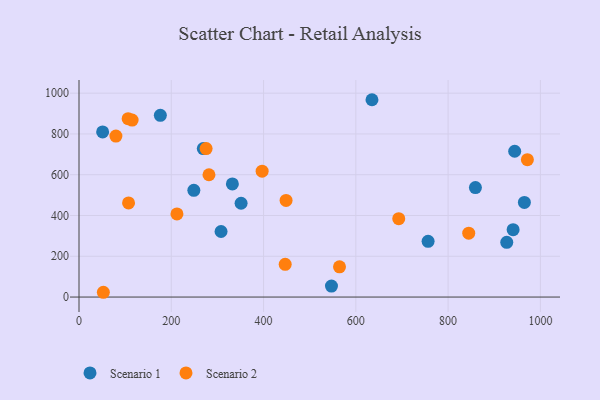
{"axis": {"x": "Ad Spend", "y": "Fuel Efficiency"}, "legend": ["Scenario 1", "Scenario 2"], "data": [{"x": "756.6", "y": 273.5, "type": "Scenario 1"}, {"x": "332.4", "y": 554.9, "type": "Scenario 1"}, {"x": "965.3", "y": 464.0, "type": "Scenario 1"}, {"x": "248.9", "y": 523.6, "type": "Scenario 1"}, {"x": "859.2", "y": 537.0, "type": "Scenario 1"}, {"x": "269.4", "y": 728.1, "type": "Scenario 1"}, {"x": "940.9", "y": 330.6, "type": "Scenario 1"}, {"x": "547.2", "y": 53.6, "type": "Scenario 1"}, {"x": "351.3", "y": 460.0, "type": "Scenario 1"}, {"x": "51.2", "y": 809.9, "type": "Scenario 1"}, {"x": "944.3", "y": 715.0, "type": "Scenario 1"}, {"x": "927.1", "y": 268.4, "type": "Scenario 1"}, {"x": "176.3", "y": 891.2, "type": "Scenario 1"}, {"x": "307.9", "y": 321.6, "type": "Scenario 1"}, {"x": "635.0", "y": 967.8, "type": "Scenario 1"}, {"x": "564.6", "y": 148.1, "type": "Scenario 2"}, {"x": "80.0", "y": 789.3, "type": "Scenario 2"}, {"x": "107.4", "y": 461.4, "type": "Scenario 2"}, {"x": "281.7", "y": 599.8, "type": "Scenario 2"}, {"x": "448.8", "y": 473.7, "type": "Scenario 2"}, {"x": "446.9", "y": 160.6, "type": "Scenario 2"}, {"x": "971.8", "y": 673.9, "type": "Scenario 2"}, {"x": "115.1", "y": 868.2, "type": "Scenario 2"}, {"x": "844.7", "y": 313.5, "type": "Scenario 2"}, {"x": "275.5", "y": 728.3, "type": "Scenario 2"}, {"x": "396.9", "y": 617.5, "type": "Scenario 2"}, {"x": "52.8", "y": 23.4, "type": "Scenario 2"}, {"x": "693.0", "y": 384.5, "type": "Scenario 2"}, {"x": "106.5", "y": 874.8, "type": "Scenario 2"}, {"x": "212.3", "y": 407.9, "type": "Scenario 2"}]}